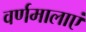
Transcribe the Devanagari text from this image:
वर्णमालाएं